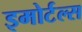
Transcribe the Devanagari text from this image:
इमोर्टल्स